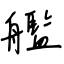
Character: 艦